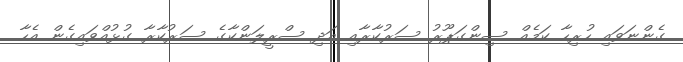
ގެންނަވައި ހުރިހާ ކަމެއް ސިންގަޕޫރު ސަރުކާރާއި އަދި ސްރީލަންކާގެ ސަރުކާރާ ގުޅުއްވައިގެން އެހާ